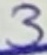
Text: 3